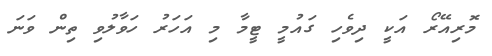
މޮރިއޭރޯ އަކީ ދިވެހި ގައުމީ ޓީމާ މި އަހަރު ހަވާލުވި ތިން ވަނަ